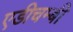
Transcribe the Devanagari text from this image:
एडीचम्बी